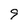
Character: 9